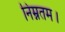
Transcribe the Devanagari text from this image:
निम्नतम।